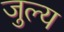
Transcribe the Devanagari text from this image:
जुल्य